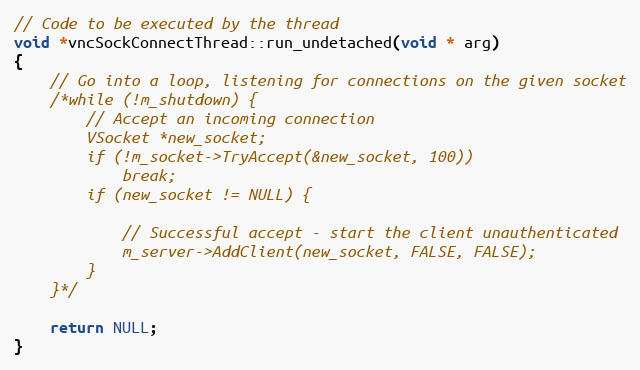
Language: C++
// Code to be executed by the thread
void *vncSockConnectThread::run_undetached(void * arg)
{
	// Go into a loop, listening for connections on the given socket
	/*while (!m_shutdown) {
		// Accept an incoming connection
		VSocket *new_socket;
		if (!m_socket->TryAccept(&new_socket, 100))
			break;
		if (new_socket != NULL) {

			// Successful accept - start the client unauthenticated
			m_server->AddClient(new_socket, FALSE, FALSE);
		}
	}*/

	return NULL;
}